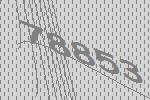
78853